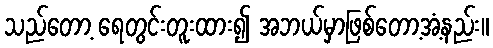
သည်တော့ ရေတွင်းတူးထား၍ အဘယ်မှာဖြစ်တော့အံ့နည်း။